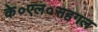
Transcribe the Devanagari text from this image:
के०एल०सहगल